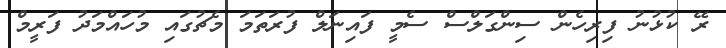
ރޭ ކުޅުނު ފިރިހެން ސިންގަލްސް ސެމީ ފައިނަލް ފުރަތަމަ މެޗުގައި މުހައްމަދު ފަރީމް